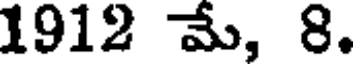
1912 మే, 8.